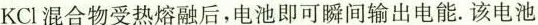
KCl混合物受热熔融后，电池即可瞬间输出电能。该电池